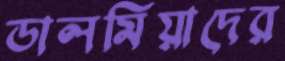
ডালমিয়াদের